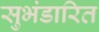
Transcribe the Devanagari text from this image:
सुभंडारित